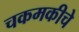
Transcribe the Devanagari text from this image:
चकमकीचे